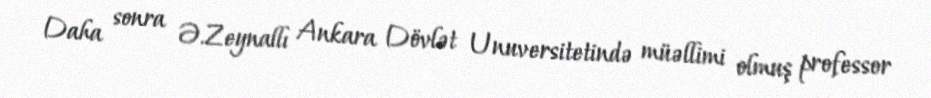
Daha sonra Ə.Zeynallı Ankara Dövlət Unuversitetində müəllimi olmuş professor